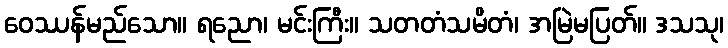
ဝေဿန်မည်သော။ ရညော၊ မင်းကြီး။ သတတံသမိတံ၊ အမြဲမပြတ်။ ဒသသု၊